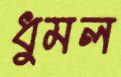
ধুমল